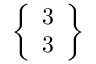
\left\{ \begin{array} { l } { 3 } \\ { 3 } \end{array} \right\}